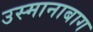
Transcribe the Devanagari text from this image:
उस्मानाबाग